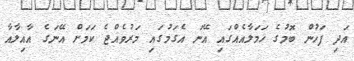
އަދި ފަހުން ބޮމުގެ ހަމަލާއެއްގައި އޭނަ އެގަމުގައި މަރުވެއްޖެ ކަމަށް އޭނަގެ އާއިލާއާ